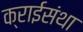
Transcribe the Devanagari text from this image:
क्राईसंथा